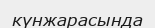
күнжарасында